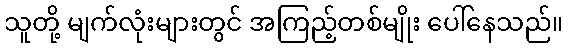
သူတို့ မျက်လုံးများတွင် အကြည့်တစ်မျိုး ပေါ်နေသည်။